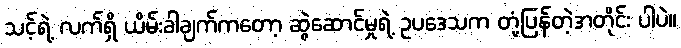
သင့်ရဲ့ လက်ရှိ ယိမ်းခါချက်ကတော့ ဆွဲဆောင်မှုရဲ့ ဥပဒေသက တုံ့ပြန်တဲ့အတိုင်း ပါပဲ။